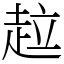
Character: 趇